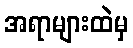
အရာများထဲမှ